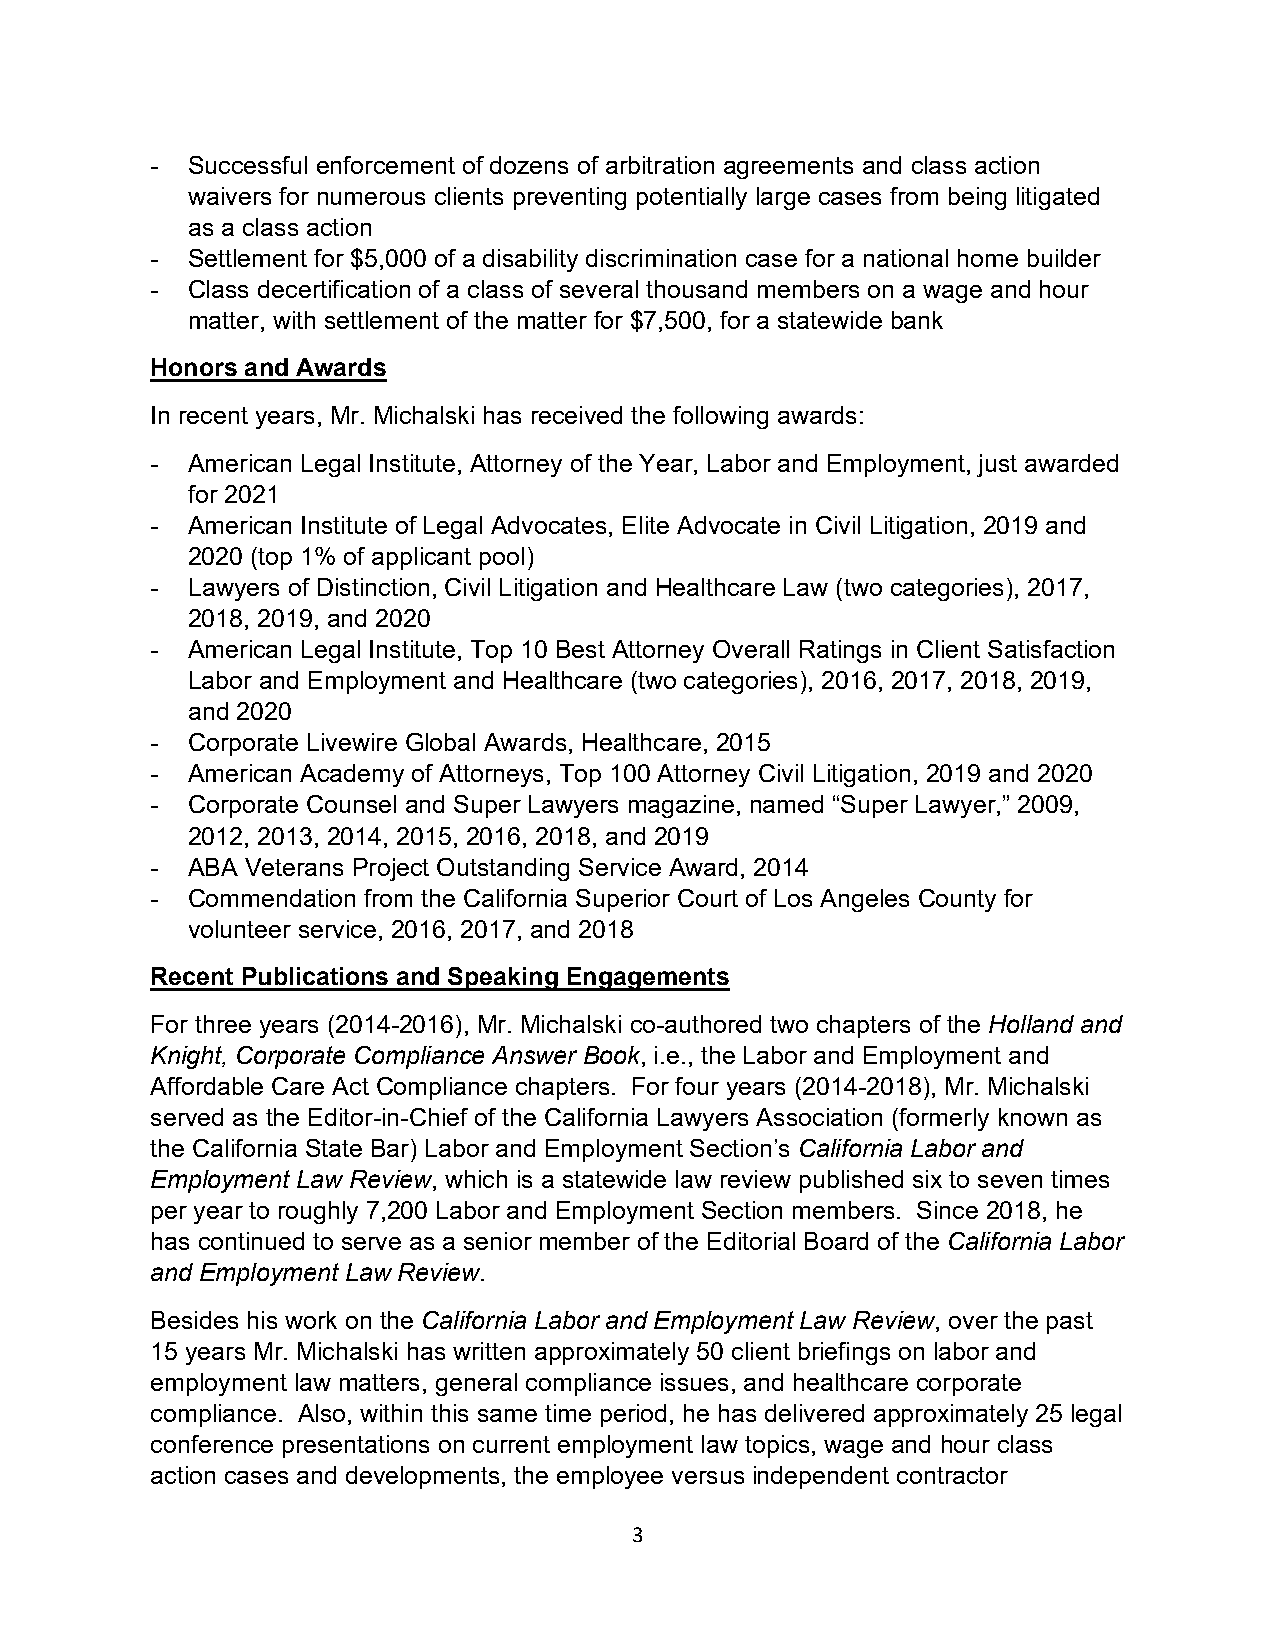
- Successful enforcement of dozens of arbitration agreements and class action
 waivers for numerous clients preventing potentially large cases from being litigated
 as a class action
 - Settlement for $5,000 of a disability discrimination case for a national home builder
 - Class decertification of a class of several thousand members on a wage and hour
 matter, with settlement of the matter for $7,500, for a statewide bank
 Honors and Awards
 In recent years, Mr. Michalski has received the following awards:
 - American Legal Institute, Attorney of the Year, Labor and Employment, just awarded
 for 2021
 - American Institute of Legal Advocates, Elite Advocate in Civil Litigation, 2019 and
 2020 (top 1% of applicant pool)
 - Lawyers of Distinction, Civil Litigation and Healthcare Law (two categories), 2017,
 2018, 2019, and 2020
 - American Legal Institute, Top 10 Best Attorney Overall Ratings in Client Satisfaction
 Labor and Employment and Healthcare (two categories), 2016, 2017, 2018, 2019,
 and 2020
 - Corporate Livewire Global Awards, Healthcare, 2015
 - American Academy of Attorneys, Top 100 Attorney Civil Litigation, 2019 and 2020
 - Corporate Counsel and Super Lawyers magazine, named “Super Lawyer,” 2009,
 2012, 2013, 2014, 2015, 2016, 2018, and 2019
 - ABA Veterans Project Outstanding Service Award, 2014
 - Commendation from the California Superior Court of Los Angeles County for
 volunteer service, 2016, 2017, and 2018
 Recent Publications and Speaking Engagements
 For three years (2014-2016), Mr. Michalski co-authored two chapters of the Holland and
 Knight, Corporate Compliance Answer Book, i.e., the Labor and Employment and
 Affordable Care Act Compliance chapters. For four years (2014-2018), Mr. Michalski
 served as the Editor-in-Chief of the California Lawyers Association (formerly known as
 the California State Bar) Labor and Employment Section’s California Labor and
 Employment Law Review, which is a statewide law review published six to seven times
 per year to roughly 7,200 Labor and Employment Section members. Since 2018, he
 has continued to serve as a senior member of the Editorial Board of the California Labor
 and Employment Law Review.
 Besides his work on the California Labor and Employment Law Review, over the past
 15 years Mr. Michalski has written approximately 50 client briefings on labor and
 employment law matters, general compliance issues, and healthcare corporate
 compliance. Also, within this same time period, he has delivered approximately 25 legal
 conference presentations on current employment law topics, wage and hour class
 action cases and developments, the employee versus independent contractor
 3